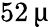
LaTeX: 52\, \upmu